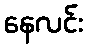
နေလင်း